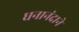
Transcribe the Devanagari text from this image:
धनानंदाने